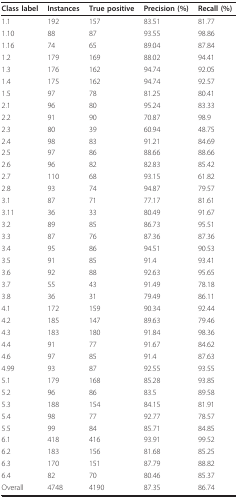
<table><thead><tr><td><b>Class label</b></td><td><b>Instances</b></td><td><b>True positive</b></td><td><b>Precision (%)</b></td><td><b>Recall (%)</b></td></tr></thead><tbody><tr><td>1.1</td><td>192</td><td>157</td><td>83.51</td><td>81.77</td></tr><tr><td>1.10</td><td>88</td><td>87</td><td>93.55</td><td>98.86</td></tr><tr><td>1.16</td><td>74</td><td>65</td><td>89.04</td><td>87.84</td></tr><tr><td>1.2</td><td>179</td><td>169</td><td>88.02</td><td>94.41</td></tr><tr><td>1.3</td><td>176</td><td>162</td><td>94.74</td><td>92.05</td></tr><tr><td>1.4</td><td>175</td><td>162</td><td>94.74</td><td>92.57</td></tr><tr><td>1.5</td><td>97</td><td>78</td><td>81.25</td><td>80.41</td></tr><tr><td>2.1</td><td>96</td><td>80</td><td>95.24</td><td>83.33</td></tr><tr><td>2.2</td><td>91</td><td>90</td><td>70.87</td><td>98.9</td></tr><tr><td>2.3</td><td>80</td><td>39</td><td>60.94</td><td>48.75</td></tr><tr><td>2.4</td><td>98</td><td>83</td><td>91.21</td><td>84.69</td></tr><tr><td>2.5</td><td>97</td><td>86</td><td>88.66</td><td>88.66</td></tr><tr><td>2.6</td><td>96</td><td>82</td><td>82.83</td><td>85.42</td></tr><tr><td>2.7</td><td>110</td><td>68</td><td>93.15</td><td>61.82</td></tr><tr><td>2.8</td><td>93</td><td>74</td><td>94.87</td><td>79.57</td></tr><tr><td>3.1</td><td>87</td><td>71</td><td>77.17</td><td>81.61</td></tr><tr><td>3.11</td><td>36</td><td>33</td><td>80.49</td><td>91.67</td></tr><tr><td>3.2</td><td>89</td><td>85</td><td>86.73</td><td>95.51</td></tr><tr><td>3.3</td><td>87</td><td>76</td><td>87.36</td><td>87.36</td></tr><tr><td>3.4</td><td>95</td><td>86</td><td>94.51</td><td>90.53</td></tr><tr><td>3.5</td><td>91</td><td>85</td><td>91.4</td><td>93.41</td></tr><tr><td>3.6</td><td>92</td><td>88</td><td>92.63</td><td>95.65</td></tr><tr><td>3.7</td><td>55</td><td>43</td><td>91.49</td><td>78.18</td></tr><tr><td>3.8</td><td>36</td><td>31</td><td>79.49</td><td>86.11</td></tr><tr><td>4.1</td><td>172</td><td>159</td><td>90.34</td><td>92.44</td></tr><tr><td>4.2</td><td>185</td><td>147</td><td>89.63</td><td>79.46</td></tr><tr><td>4.3</td><td>183</td><td>180</td><td>91.84</td><td>98.36</td></tr><tr><td>4.4</td><td>91</td><td>77</td><td>91.67</td><td>84.62</td></tr><tr><td>4.6</td><td>97</td><td>85</td><td>91.4</td><td>87.63</td></tr><tr><td>4.99</td><td>93</td><td>87</td><td>92.55</td><td>93.55</td></tr><tr><td>5.1</td><td>179</td><td>168</td><td>85.28</td><td>93.85</td></tr><tr><td>5.2</td><td>96</td><td>86</td><td>83.5</td><td>89.58</td></tr><tr><td>5.3</td><td>188</td><td>154</td><td>84.15</td><td>81.91</td></tr><tr><td>5.4</td><td>98</td><td>77</td><td>92.77</td><td>78.57</td></tr><tr><td>5.5</td><td>99</td><td>84</td><td>85.71</td><td>84.85</td></tr><tr><td>6.1</td><td>418</td><td>416</td><td>93.91</td><td>99.52</td></tr><tr><td>6.2</td><td>183</td><td>156</td><td>81.68</td><td>85.25</td></tr><tr><td>6.3</td><td>170</td><td>151</td><td>87.79</td><td>88.82</td></tr><tr><td>6.4</td><td>82</td><td>70</td><td>80.46</td><td>85.37</td></tr><tr><td>Overall</td><td>4748</td><td>4190</td><td>87.35</td><td>86.74</td></tr></tbody></table>